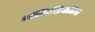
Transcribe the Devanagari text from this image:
ऑफ़िशिनलिस